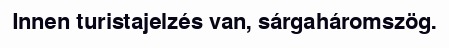
Innen turistajelzés van, sárgaháromszög.